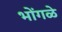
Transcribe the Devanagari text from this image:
भोंगळे